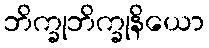
ဘိက္ခုဘိက္ခုနိယော